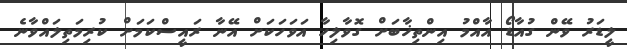
ލީޑަރު ވޭން ގުއާޑޯ އާއްމު އިންތިޚާބަށް ގޮވާލިހާ އަވަހަކަށް އޭނާ ރައީސްކަމަށް ކުރިމަތިލައްވާނެ